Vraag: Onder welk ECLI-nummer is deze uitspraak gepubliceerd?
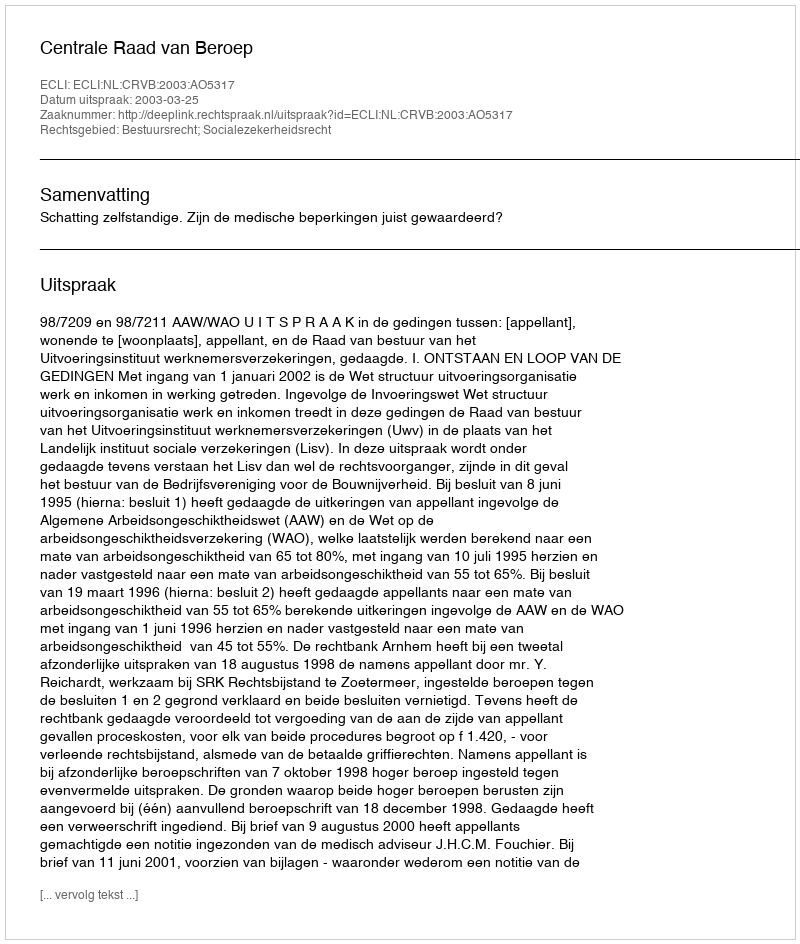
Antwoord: ECLI:NL:CRVB:2003:AO5317